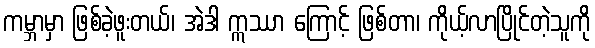
ကမ္ဘာမှာ ဖြစ်ခဲ့ဖူးတယ်၊ အဲဒါ ဣဿာ ကြောင့် ဖြစ်တာ၊ ကိုယ့်လာပြိုင်တဲ့သူကို